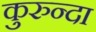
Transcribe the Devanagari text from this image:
कुरुन्दा